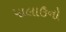
પાલાઉનો